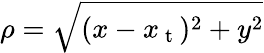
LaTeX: \rho=\sqrt{(x-x_{\mathrm{~t~}})^{2}+y^{2}}